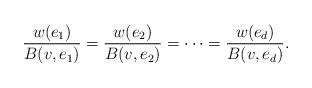
LaTeX: \begin{align*}\frac{w(e_1)}{B(v,e_1)}=\frac{w(e_2)}{B(v,e_2)}=\cdots=\frac{w(e_d)}{B(v,e_d)}.\end{align*}